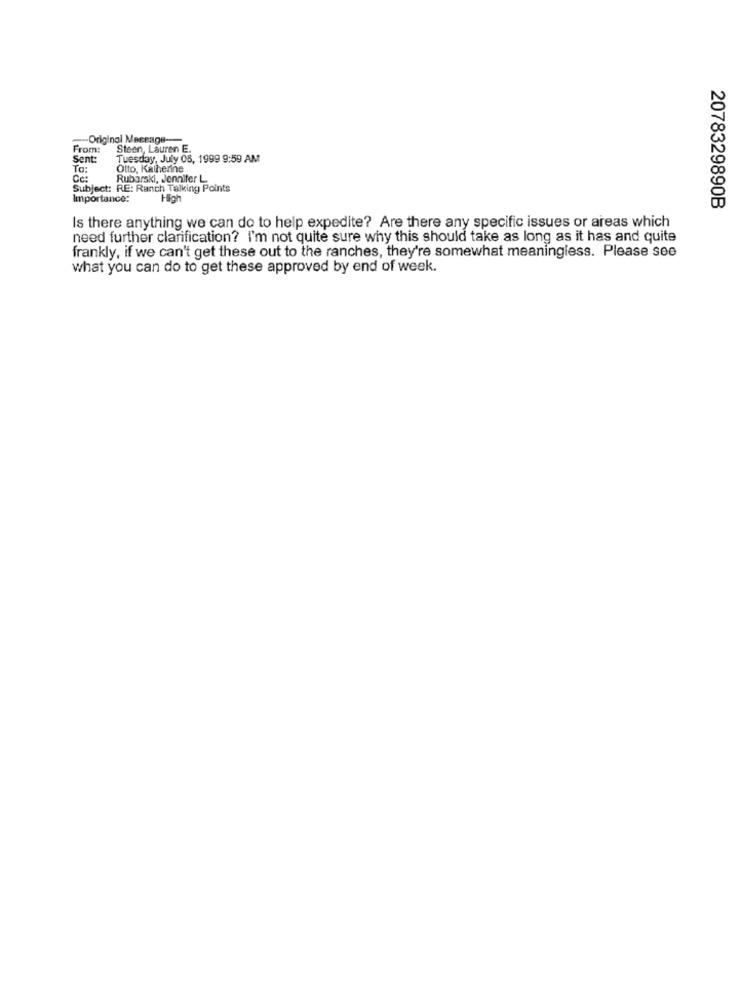
-Original Message-
From:
Steen, Lauren E.
Sent:
Tuesday, July 08, 1999 9:59 AM
To:
Otto, Katherine
Cc:
Rubarski, Jennifer L
Subject: RE: Ranch Talking Points
Importance:
High
2078329890B
Is there anything we can do to help expedite? Are there any specific issues or areas which
need further clarification? I'm not quite sure why this should take as long as it has and quite
frankly, if we can't get these out to the ranches, they're somewhat meaningless. Please see
what you can do to get these approved by end of week.